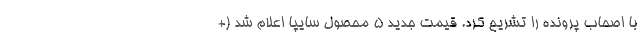
با اصحاب پرونده را تشریح کرد. قیمت جدید 5 محصول سایپا اعلام شد (+